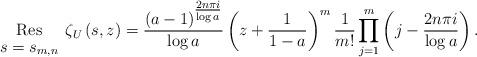
LaTeX: \begin{align*}\underset{\begin{array}{c}s=s_{m,n}\end{array}}{\mathrm{Res}}\zeta _{U}\left( s,z\right)= \frac{(a-1)^{\tfrac{2n\pi i}{\log a}}}{\log a}\left(z+\frac{1}{1-a}\right)^m\frac{1}{m!}\prod_{j=1}^{m}\left(j-\frac{2n\pi i}{\log a}\right).\end{align*}